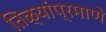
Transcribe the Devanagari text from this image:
तिळ्यांप्रमाणे